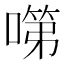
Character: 𭊗